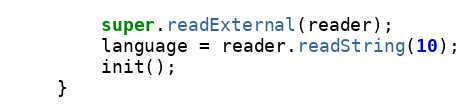
Language: Java
        super.readExternal(reader);
        language = reader.readString(10);
        init();
    }